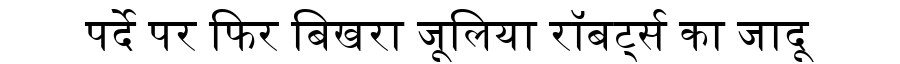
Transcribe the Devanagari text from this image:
पर्दे पर फिर बिखरा जूलिया रॉबर्ट्स का जादू